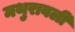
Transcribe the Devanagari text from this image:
मथुरावली